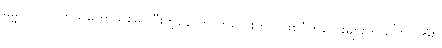
ဓမ္မဂုတ်။ ။ ကိုယ်တော်ဖွားမြင်ပြီးတဲ့နောက် ကလေးဘဝ ဖြစ်ပုံကလေးများကို ပြောပါအုံး။